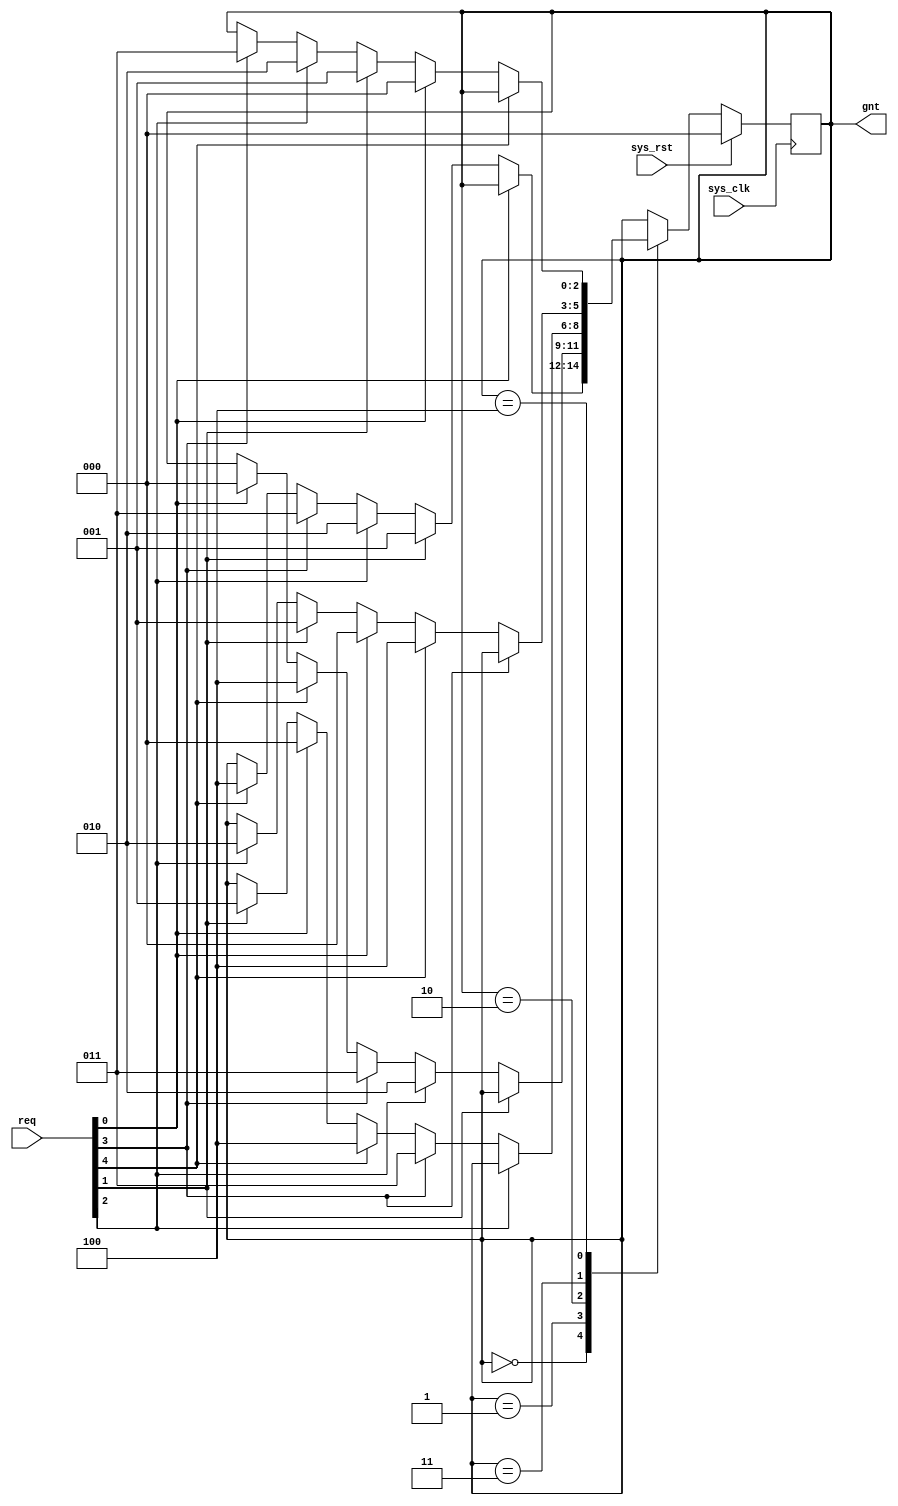
/*
 * Milkymist SoC
 * Copyright (C) 2007, 2008, 2009, 2010, 2011 Sebastien Bourdeauducq
 *
 * This program is free software: you can redistribute it and/or modify
 * it under the terms of the GNU General Public License as published by
 * the Free Software Foundation, version 3 of the License.
 *
 * This program is distributed in the hope that it will be useful,
 * but WITHOUT ANY WARRANTY; without even the implied warranty of
 * MERCHANTABILITY or FITNESS FOR A PARTICULAR PURPOSE.  See the
 * GNU General Public License for more details.
 *
 * You should have received a copy of the GNU General Public License
 * along with this program.  If not, see <http://www.gnu.org/licenses/>.
 */

module conbus_arb5(
	input sys_clk,
	input sys_rst,
	
	input [4:0] req,
	output [2:0] gnt
);

reg [2:0] state;
reg [2:0] next_state;

assign gnt = state;

always @(posedge sys_clk) begin
	if(sys_rst)
		state <= 3'd0;
	else
		state <= next_state;
end

always @(*) begin
	next_state = state;
	case(state)
		3'd0: begin
			if(~req[0]) begin
				     if(req[1]) next_state = 3'd1;
				else if(req[2]) next_state = 3'd2;
				else if(req[3]) next_state = 3'd3;
				else if(req[4]) next_state = 3'd4;
			end
		end
		3'd1: begin
			if(~req[1]) begin
				     if(req[2]) next_state = 3'd2;
				else if(req[3]) next_state = 3'd3;
				else if(req[4]) next_state = 3'd4;
				else if(req[0]) next_state = 3'd0;
			end
		end
		3'd2: begin
			if(~req[2]) begin
				     if(req[3]) next_state = 3'd3;
				else if(req[4]) next_state = 3'd4;
				else if(req[0]) next_state = 3'd0;
				else if(req[1]) next_state = 3'd1;
			end
		end
		3'd3: begin
			if(~req[3]) begin
				     if(req[4]) next_state = 3'd4;
				else if(req[0]) next_state = 3'd0;
				else if(req[1]) next_state = 3'd1;
				else if(req[2]) next_state = 3'd2;
			end
		end
		3'd4: begin
			if(~req[4]) begin
				     if(req[0]) next_state = 3'd0;
				else if(req[1]) next_state = 3'd1;
				else if(req[2]) next_state = 3'd2;
				else if(req[3]) next_state = 3'd3;
			end
		end
	endcase
end

endmodule